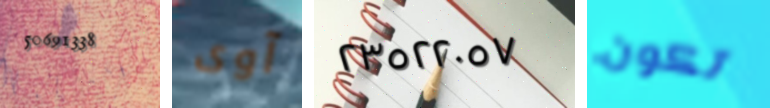
50691338 آوى ٢٣٥٢٢٠٥٧ تكون